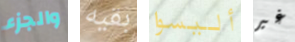
والجزء بقيه أليسوا غير